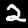
Label: 2